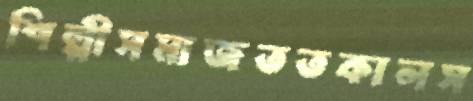
শিল্পীসমাজততকালস